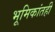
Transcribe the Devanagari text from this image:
भूमिकांतही